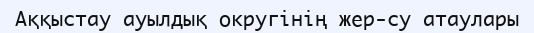
Аққыстау ауылдық округінің жер-су атаулары